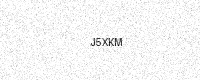
Text: J5XKM